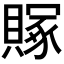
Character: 𬥥